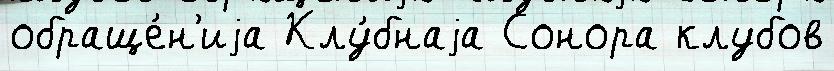
обраще́н'иjа Клу́бнаjа Сонора клубов